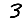
Digit: 3